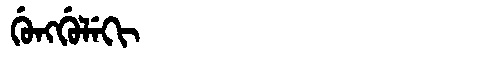
Manchu: ᡤᡠᠩᡤᡠᠯᡝᡴᡳ
Romanization: GUNGGULEKI